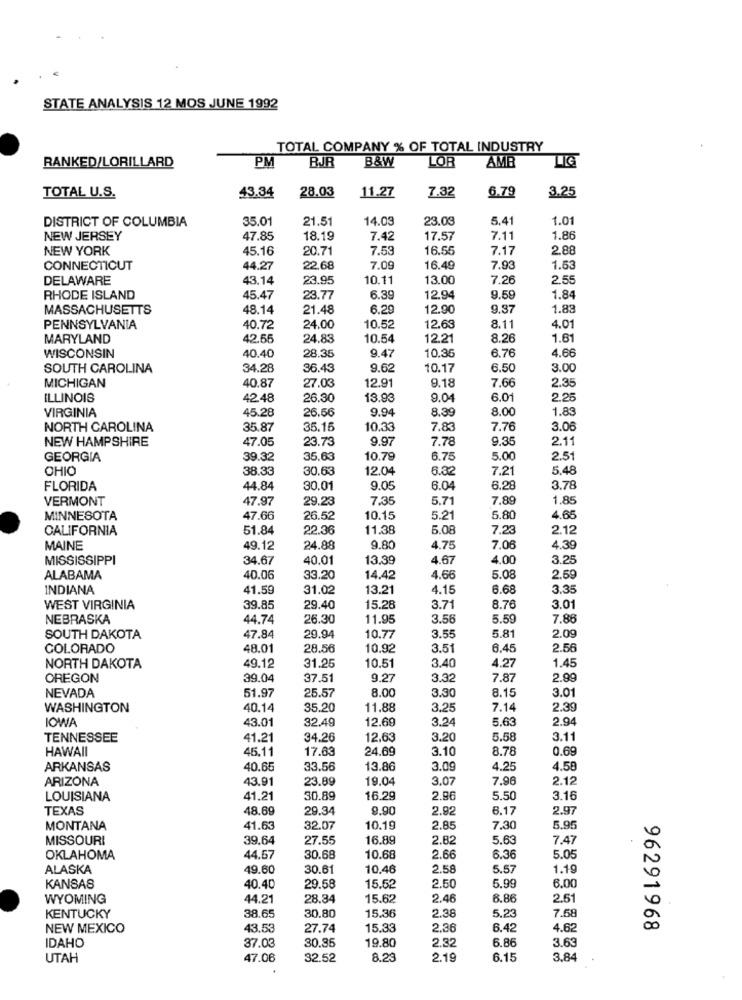
STATE ANALYSIS 12 MOS JUNE 1992
TOTAL COMPANY % OF TOTAL INDUSTRY
RANKED/LORILLARD
BJR
B&W
LOR
AMB
LG
PM
7.32
6.79
TOTAL U.S.
43.34
28.03
11.27
3.25
DISTRICT OF COLUMBIA
35.01
21.51
14.03
23.0€
5.41
1.01
NEW JERSEY
47,85
18.19
7.42
17.57
7.1
1.86
NEW YORK
45.16
20.71
7.53
16.55
7.17
2.88
CONNECTICUT
44.27
22.68
7.09
16.49
7.93
1.5
DELAWARE
43.14
23.95
10.11
13.00
7.26
2.5
RHODE ISLAND
45.47
23.77
6.39
12.94
9.59
1.84
MASSACHUSETTS
48.14
21.48
6.29
12.90
9.37
1.8
PENNSYLVANIA
40.72
24.00
10.52
12.63
8.11
4.01
MARYLAND
42.55
24.83
10.54
12.21
8.26
1.6
40.40
4.66
WISCONSIN
28.35
9.47
10.36
6.76
SOUTH CAROLINA
34.28
36.43
9.62
10.17
6.50
3.00
MICHIGAN
40.87
27.03
9.18
12.91
7.66
2.3
ILLINOIS
42.48
26.30
13.93
9.04
6.0
2.25
45.28
9.94
8.00
1.8
VIRGINIA
26.56
8.39
NORTH CAROLINA
35.87
35.15
10.33
7.83
7.76
3.06
NEW HAMPSHIRE
47.05
9.97
7.78
9.35
2.11
23.73
GEORGIA
39.32
35.63
10.79
6.78
5.00
2.5
OHIO
38.33
30.63
12.04
6.32
7.2
5.48
FLORIDA
44.84
30.01
9.05
6.04
6.28
3.78
VERMONT
47.97
29.23
7.35
5,71
7.89
1.85
MINNESOTA
47.66
26.52
10.15
5.21
5.80
4.65
CALIFORNIA
51.84
22.36
11.38
5.08
7.23
2.12
MAINE
49.12
24.89
9.80
4.75
7.06
4.39
MISSISSIPPI
34.67
40.01
13.39
4.67
4.00
3.25
ALABAMA
40.06
33.20
14.42
4.66
5.08
2.59
INDIANA
41.59
31.02
13.21
4.16
6.68
3.35
WEST VIRGINIA
39.85
29.40
15.28
3.71
8.76
3.0
NEBRASKA
44.74
26.30
11.95
3.56
5.59
7.86
SOUTH DAKOTA
47.84
29.94
10.77
3.5€
5.81
2.09
COLORADO
48.01
28.56
10.92
3.51
6.45
2.56
49.12
3.40
4.27
1.45
NORTH DAKOTA
31.25
10.51
OREGON
39.04
37.51
9.27
3.32
7.87
2.99
25.57
8.00
3.0
NEVADA
51.97
3.30
8.15
WASHINGTON
40.14
35.20
11.88
3.25
7.14
2.39
43.01
32.49
12.69
3.24
5.63
2.94
IOWA
TENNESSEE
41.21
34.26
12.63
3.20
5.58
3.1
HAWAII
45.11
17.63
24.69
3.10
8.78
0.69
ARKANSAS
40.65
33.56
13.86
3.09
4.25
4.58
ARIZONA
43.91
23.89
19.04
3.07
7.96
2.12
LOUISIANA
41.21
30.89
16.29
2.96
5.50
3.16
TEXAS
48.69
29.34
9.90
2.92
6.17
2.97
MONTANA
41.63
32.07
10.19
2.85
7.30
5.95
MISSOURI
39.64
27.55
16.89
2.82
5.63
7.47
OKLAHOMA
44.57
30.68
10.68
2.66
6.36
5.05
ALASKA
49.60
30.61
10.46
2.58
5.57
1.19
6.00
KANSAS
40.40
29.58
15.52
2.50
5.99
WYOMING
44.21
28.34
15.62
2.46
6.86
2.5
30.80
15.36
2.38
5.23
KENTUCKY
38.65
7.58
NEW MEXICO
43.53
27.74
15.33
2.36
6.42
4.62
96291968
2.32
6.86
3.63
IDAHO
37.03
30.85
19.80
UTAH
47.06
32.52
8.23
2.19
6.15
3.84